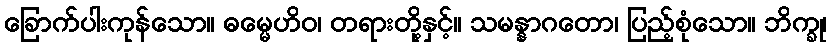
ခြောက်ပါးကုန်သော။ ဓမ္မေဟိဝ၊ တရားတို့နှင့်။ သမန္နာဂတော၊ ပြည့်စုံသော။ ဘိက္ခု၊